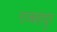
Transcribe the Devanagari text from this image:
राव्बहादुर